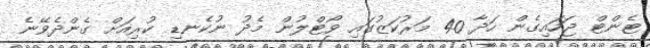
ޓެންޓް ޖަހައިގެން ހަދާ 40 މަރުކަޒުގައި ވޯޓްލުން މެދު ނުކެނޑި ކުރިއަށް ގެންދެވޭނެ